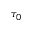
\tau _ { 0 }